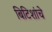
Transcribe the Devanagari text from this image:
बिटिशांचे